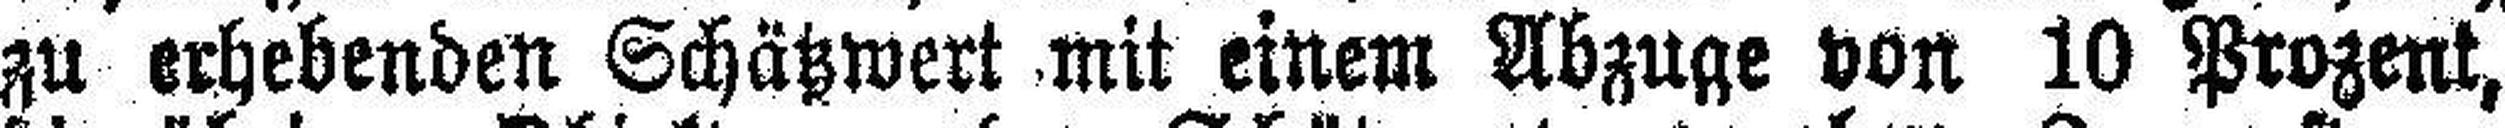
zu erhebenden Schätzwert mit einem Abzuge von 10 Prozent,